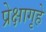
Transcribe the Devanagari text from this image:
प्रेक्षागृहे